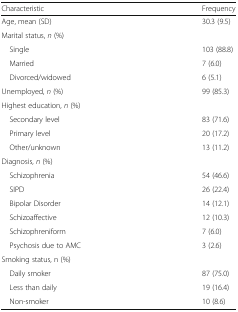
<table><thead><tr><td><b>Characteristic</b></td><td><b>Frequency</b></td></tr></thead><tbody><tr><td>Age, mean (SD)</td><td>30.3 (9.5)</td></tr><tr><td colspan="2">Marital status, <i>n</i> (%)</td></tr><tr><td> Single</td><td>103 (88.8)</td></tr><tr><td> Married</td><td>7 (6.0)</td></tr><tr><td> Divorced/widowed</td><td>6 (5.1)</td></tr><tr><td>Unemployed, <i>n</i> (%)</td><td>99 (85.3)</td></tr><tr><td colspan="2">Highest education, <i>n</i> (%)</td></tr><tr><td> Secondary level</td><td>83 (71.6)</td></tr><tr><td> Primary level</td><td>20 (17.2)</td></tr><tr><td> Other/unknown</td><td>13 (11.2)</td></tr><tr><td colspan="2">Diagnosis, <i>n</i> (%)</td></tr><tr><td> Schizophrenia</td><td>54 (46.6)</td></tr><tr><td> SIPD</td><td>26 (22.4)</td></tr><tr><td> Bipolar Disorder</td><td>14 (12.1)</td></tr><tr><td> Schizoaffective</td><td>12 (10.3)</td></tr><tr><td> Schizophreniform</td><td>7 (6.0)</td></tr><tr><td> Psychosis due to AMC</td><td>3 (2.6)</td></tr><tr><td colspan="2">Smoking status, n (%)</td></tr><tr><td> Daily smoker</td><td>87 (75.0)</td></tr><tr><td> Less than daily</td><td>19 (16.4)</td></tr><tr><td> Non-smoker</td><td>10 (8.6)</td></tr></tbody></table>